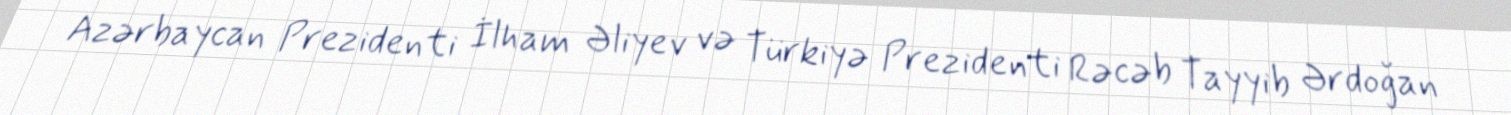
Azərbaycan Prezidenti İlham Əliyev və Türkiyə Prezidenti Rəcəb Tayyib Ərdoğan